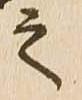
之